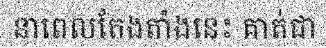
នាពេលតែងតាំងនេះ គាត់ជា